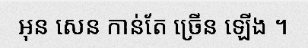
អុន សេន កាន់តែ ច្រើន ឡើង ។